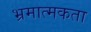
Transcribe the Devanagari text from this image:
भ्रमात्मकता